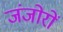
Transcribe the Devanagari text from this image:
जंजोरों